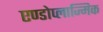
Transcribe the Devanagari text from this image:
एण्डोप्लाज्मिक